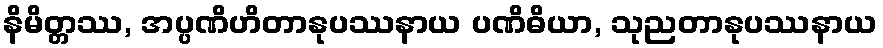
နိမိတ္တဿ, အပ္ပဏိဟိတာနုပဿနာယ ပဏိဓိယာ, သုညတာနုပဿနာယ